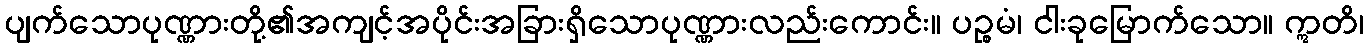
ပျက်သောပုဏ္ဏားတို့၏အကျင့်အပိုင်းအခြားရှိသောပုဏ္ဏားလည်းကောင်း။ ပဉ္စမံ၊ ငါးခုမြောက်သော။ ဣတိ၊